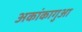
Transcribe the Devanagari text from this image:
अकांकागुआ